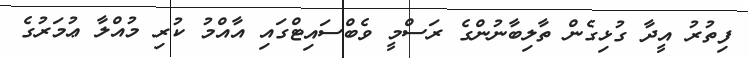
ފިތުރު އީދާ ގުޅިގެން ތާލިބާނުންގެ ރަސްމީ ވެބްސައިޓްގައި އާއްމު ކުރި މުއްލާ ޢުމަރުގެ